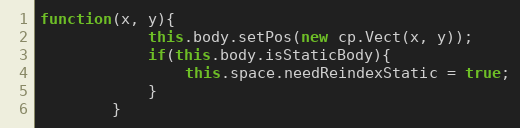
Language: JavaScript
function(x, y){
            this.body.setPos(new cp.Vect(x, y));
            if(this.body.isStaticBody){
                this.space.needReindexStatic = true;
            }
        }